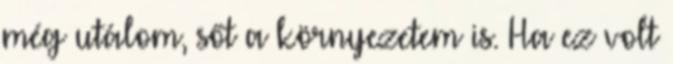
még utálom, sőt a környezetem is. Ha ez volt